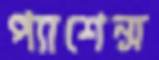
প্যাশেন্স